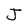
Character: J